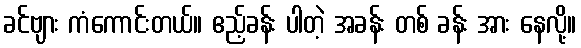
ခင်ဗျား ကံကောင်းတယ်။ ဧည့်ခန်း ပါတဲ့ အခန်း တစ် ခန်း အား နေလို့။